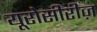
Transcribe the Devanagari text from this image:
यूरोसीरीज़